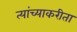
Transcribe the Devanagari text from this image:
त्यांच्याकरीता